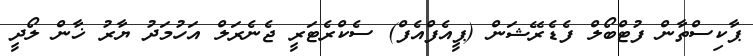
ޕާކިސްތާން ފުޓްބޯލް ފެޑެރޭޝަން (ޕީއެފްއެފް) ސެކްރެޓަރީ ޖެނެރަލް އަހުމަދު ޔާރު ޚާން ލޯދީ